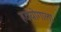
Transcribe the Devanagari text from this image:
हठयोगाला